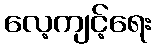
လေ့ကျင့်ရေး